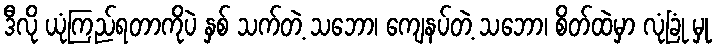
ဒီလို ယုံကြည်ရတာကိုပဲ နှစ် သက်တဲ့ သဘော၊ ကျေနပ်တဲ့ သဘော၊ စိတ်ထဲမှာ လုံခြုံ မှု